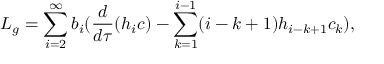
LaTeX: L _ { g } = \sum _ { i = 2 } ^ { \infty } b _ { i } ( \frac { d } { d \tau } ( h _ { i } c ) - \sum _ { k = 1 } ^ { i - 1 } ( i - k + 1 ) h _ { i - k + 1 } c _ { k } ) ,